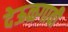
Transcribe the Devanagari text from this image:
देऊळगावी